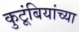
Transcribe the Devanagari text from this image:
कुटूंबियांच्या